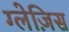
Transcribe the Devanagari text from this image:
ग्लेज़िस